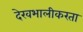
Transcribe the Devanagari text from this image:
देखभालीकरता